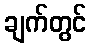
ချက်တွင်